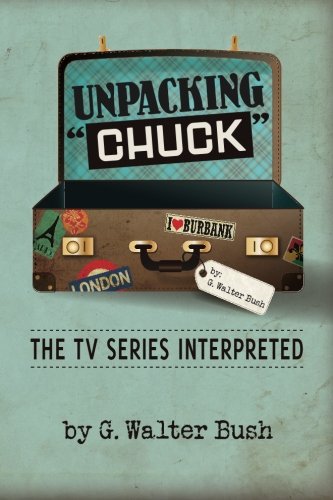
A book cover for Unpacking "Chuck": The TV Series Interpreted; G. Walter Bush; Humor & Entertainment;